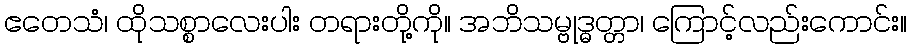
ဧတေသံ၊ ထိုသစ္စာလေးပါး တရားတို့ကို။ အဘိသမ္ဗုဒ္ဓတ္တာ၊ ကြောင့်လည်းကောင်း။